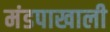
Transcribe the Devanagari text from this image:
मंडपाखाली